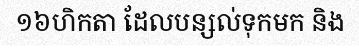
១៦ហិកតា ដែលបន្សល់ទុកមក និង